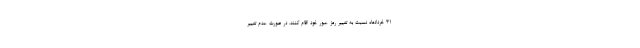
۳۱ خردادماه نسبت به تغییر رمز عبور خود اقام کنند. در صورت عدم تغییر